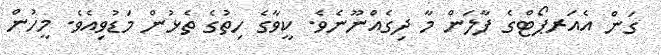
ގަން އެއަރޕޯޓްގެ ފާލަން މާ ދިގެއްނޫނެވެ. ކީވާގެ ހިތުގެ ތެޅުން މަޑުވިއެވެ. މީހުން